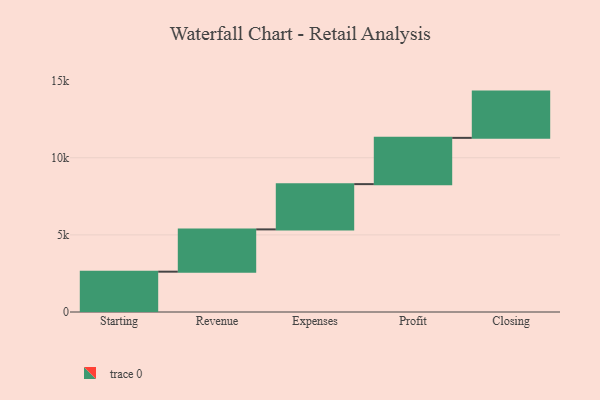
{"axis": {"x": "Step", "y": "Value"}, "legend": [""], "data": [{"x": "Starting", "y": 2615.0, "type": ""}, {"x": "Revenue", "y": 2742.0, "type": ""}, {"x": "Expenses", "y": 2935.0, "type": ""}, {"x": "Profit", "y": 3000, "type": ""}, {"x": "Closing", "y": 3000, "type": ""}]}